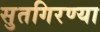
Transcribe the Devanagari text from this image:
सुतगिरण्या